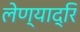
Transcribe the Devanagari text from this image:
लेण्याद्रि